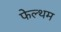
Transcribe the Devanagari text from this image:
फेल्थम